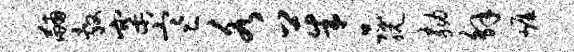
黼敷寨寒各茱品脱劾解崖